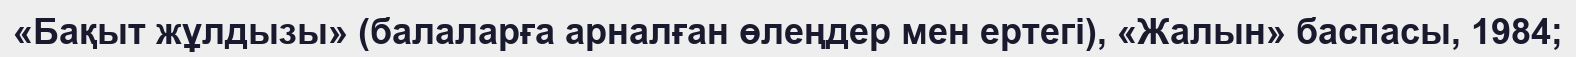
«Бақыт жұлдызы» (балаларға арналған өлеңдер мен ертегі), «Жалын» баспасы, 1984;